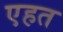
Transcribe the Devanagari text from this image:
एहत